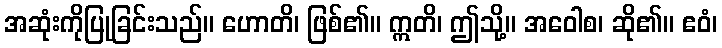
အဆုံးကိုပြုခြင်းသည်။ ဟောတိ၊ ဖြစ်၏။ ဣတိ၊ ဤသို့။ အဝေါစ၊ ဆို၏။ ဧဝံ၊